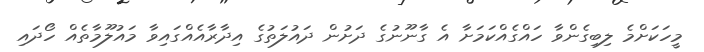
މީހަކަށްމެ ލިބިގެންވާ ހައްގެއްކަމަށާ އެ ގާނޫނުގެ ދަށުން ދައުލަތުގެ އިދާރާއެއްގައިވާ މައުލޫމާތެއް ހޯދައި